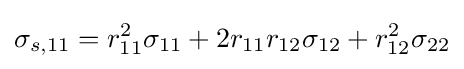
\sigma _{s,11}=r_{11}^{2}\sigma _{11}+2r_{11}r_{12}\sigma _{12}+r_{12}^{2}\sigma _{22}